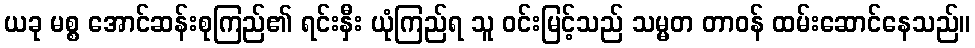
ယခု မစ္စ အောင်ဆန်းစုကြည်၏ ရင်းနှီး ယုံကြည်ရ သူ ဝင်းမြင့်သည် သမ္မတ တာဝန် ထမ်းဆောင်နေသည်။